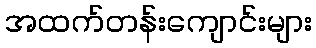
အထက်တန်းကျောင်းများ